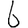
Digit: 6